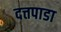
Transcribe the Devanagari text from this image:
दत्तपाडा